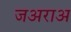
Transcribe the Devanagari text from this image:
जअराअ